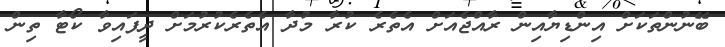
ބޭނުންތަކަށް އިންޑިޔާއިން ރާއްޖެއަށް އެތެރެ ކުރާ މުދާ އެތެރެކުރުމަށް ދީފައިވާ ކޯޓާ ތިން